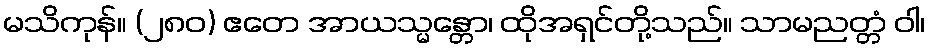
မသိကုန်။ (၂၈၀) ဧတေ အာယသ္မန္တော၊ ထိုအရှင်တို့သည်။ သာမညတ္တံ ဝါ၊